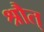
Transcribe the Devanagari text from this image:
श्रौत्